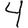
Digit: 4